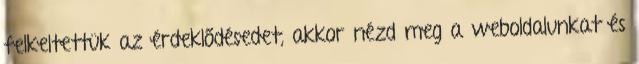
felkeltettük az érdeklődésedet, akkor nézd meg a weboldalunkat és